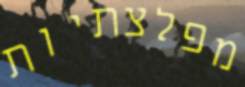
מפלצתיות